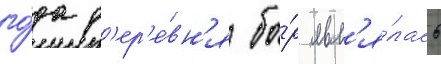
го́да д'ер'е́вн'я бо́р явл'я́лась